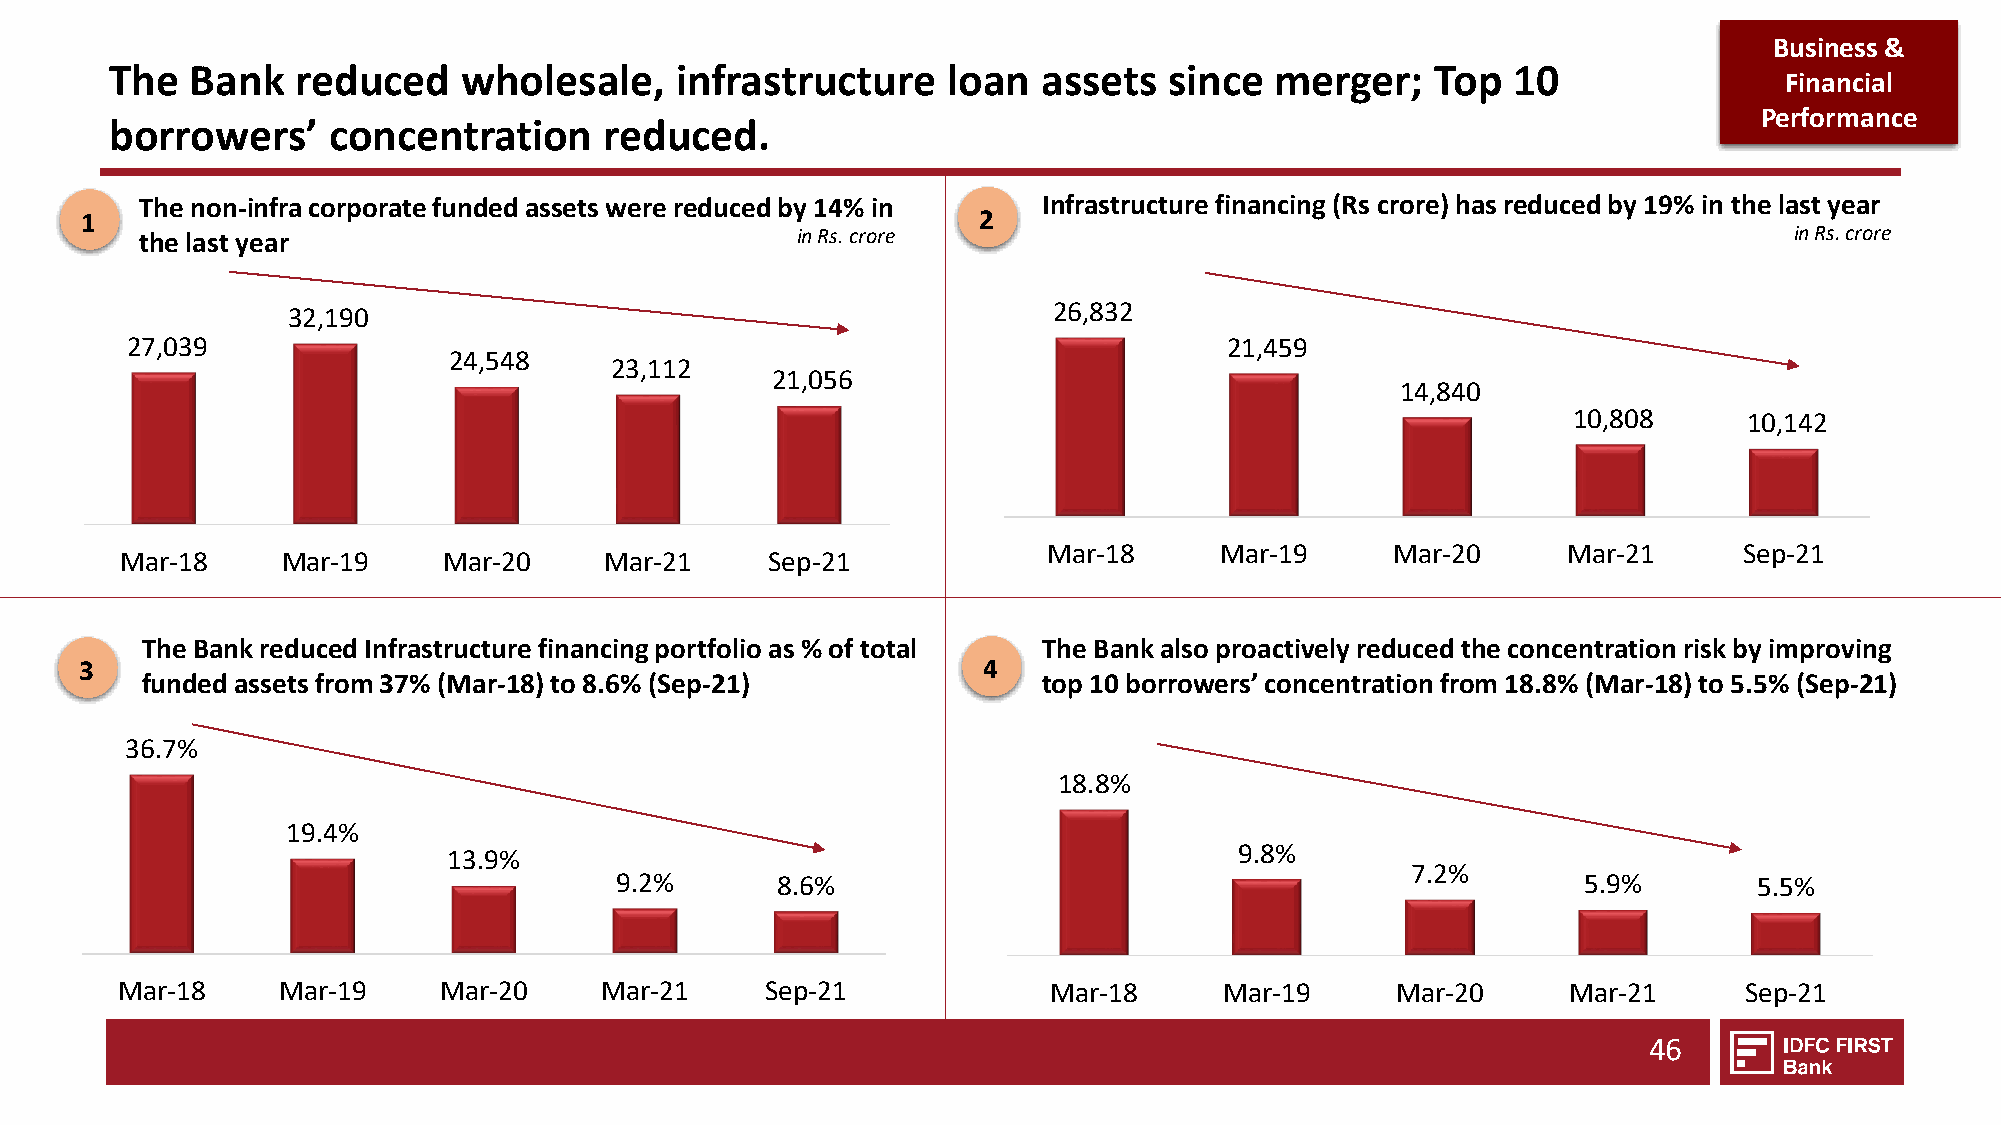
Business &
 The   Bank   reduced   wholesale,     infrastructure    loan  assets  since  merger;    Top  10
 Financial
 Performance
 borrowers’     concentration     reduced.
 The non-infra corporate funded assets were reduced by 14% in Infrastructure financing (Rs crore) has reduced by 19% in the last year
 1                                                           2
 the last year                               in Rs. crore                                                      in Rs. crore
 32,190                                             26,832
 27,039                                                                   21,459
 24,548
 23,112
 21,056
 14,840
 10,808      10,142
 Mar-18      Mar-19     Mar-20      Mar-21     Sep-21
 Mar-18     Mar-19    Mar-20     Mar-21     Sep-21
 The Bank reduced Infrastructure financing portfolio as % of total The Bank also proactively reduced the concentration risk by improving
 3                                                           4
 funded assets from 37% (Mar-18) to 8.6% (Sep-21)            top 10 borrowers’ concentration from 18.8% (Mar-18) to 5.5% (Sep-21)
 36.7%
 18.8%
 19.4%
 9.8%
 13.9%
 7.2%
 9.2%      8.6%                                                  5.9%       5.5%
 Mar-18    Mar-19     Mar-20     Mar-21     Sep-21             Mar-18     Mar-19     Mar-20      Mar-21      Sep-21
 46